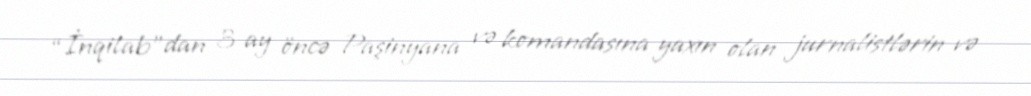
“İnqilab”dan 3 ay öncə Paşinyana və komandasına yaxın olan jurnalistlərin və